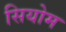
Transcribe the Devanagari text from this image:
सियोम